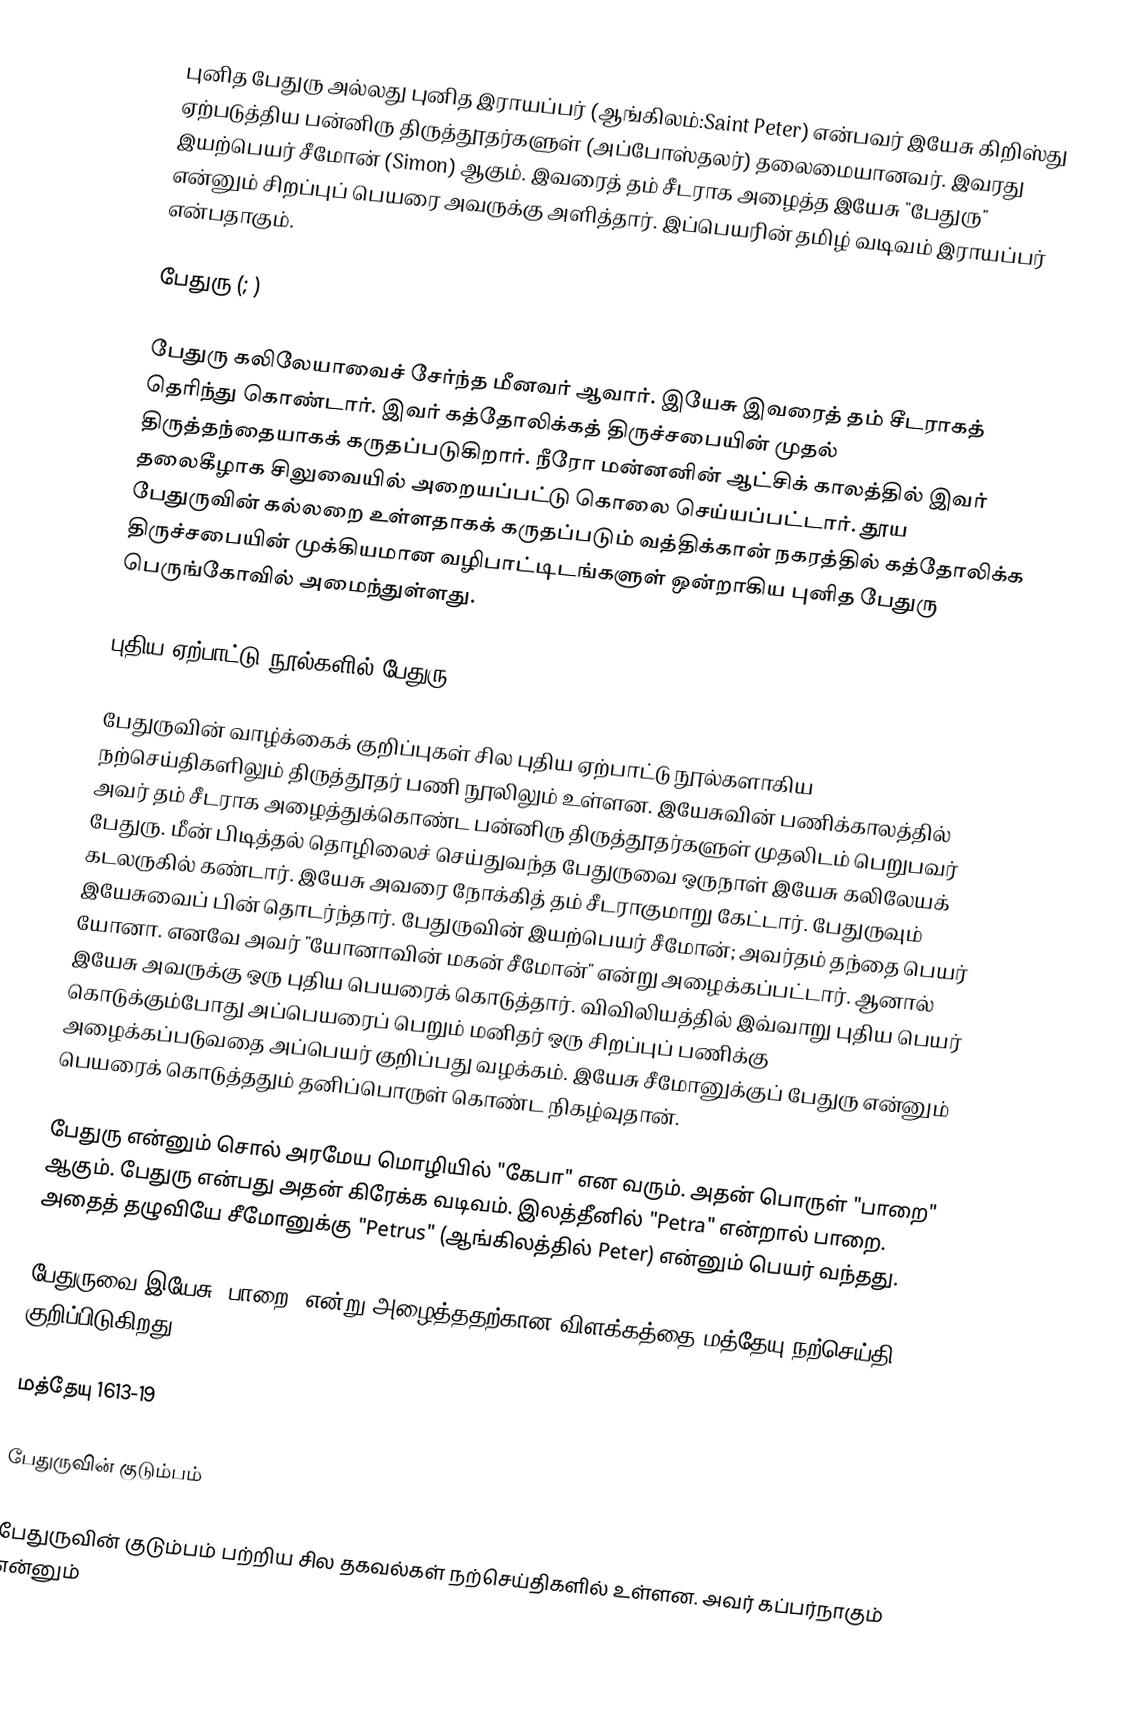
புனித பேதுரு அல்லது புனித இராயப்பர் (ஆங்கிலம்:Saint Peter) என்பவர் இயேசு கிறிஸ்து ஏற்படுத்திய பன்னிரு திருத்தூதர்களுள் (அப்போஸ்தலர்) தலைமையானவர். இவரது இயற்பெயர் சீமோன் (Simon) ஆகும். இவரைத் தம் சீடராக அழைத்த இயேசு "பேதுரு" என்னும் சிறப்புப் பெயரை அவருக்கு அளித்தார். இப்பெயரின் தமிழ் வடிவம் இராயப்பர் என்பதாகும்.

பேதுரு (; )

பேதுரு கலிலேயாவைச் சேர்ந்த மீனவர் ஆவார். இயேசு இவரைத் தம் சீடராகத் தெரிந்து கொண்டார். இவர் கத்தோலிக்கத் திருச்சபையின் முதல் திருத்தந்தையாகக் கருதப்படுகிறார். நீரோ மன்னனின் ஆட்சிக் காலத்தில் இவர் தலைகீழாக சிலுவையில் அறையப்பட்டு கொலை செய்யப்பட்டார். தூய பேதுருவின் கல்லறை உள்ளதாகக் கருதப்படும் வத்திக்கான் நகரத்தில் கத்தோலிக்க திருச்சபையின் முக்கியமான வழிபாட்டிடங்களுள் ஒன்றாகிய புனித பேதுரு பெருங்கோவில் அமைந்துள்ளது.

புதிய ஏற்பாட்டு நூல்களில் பேதுரு

பேதுருவின் வாழ்க்கைக் குறிப்புகள் சில புதிய ஏற்பாட்டு நூல்களாகிய நற்செய்திகளிலும் திருத்தூதர் பணி நூலிலும் உள்ளன. இயேசுவின் பணிக்காலத்தில் அவர் தம் சீடராக அழைத்துக்கொண்ட பன்னிரு திருத்தூதர்களுள் முதலிடம் பெறுபவர் பேதுரு. மீன் பிடித்தல் தொழிலைச் செய்துவந்த பேதுருவை ஒருநாள் இயேசு கலிலேயக் கடலருகில் கண்டார். இயேசு அவரை நோக்கித் தம் சீடராகுமாறு கேட்டார். பேதுருவும் இயேசுவைப் பின் தொடர்ந்தார். பேதுருவின் இயற்பெயர் சீமோன்; அவர்தம் தந்தை பெயர் யோனா. எனவே அவர் "யோனாவின் மகன் சீமோன்" என்று அழைக்கப்பட்டார். ஆனால் இயேசு அவருக்கு ஒரு புதிய பெயரைக் கொடுத்தார். விவிலியத்தில் இவ்வாறு புதிய பெயர் கொடுக்கும்போது அப்பெயரைப் பெறும் மனிதர் ஒரு சிறப்புப் பணிக்கு அழைக்கப்படுவதை அப்பெயர் குறிப்பது வழக்கம். இயேசு சீமோனுக்குப் பேதுரு என்னும் பெயரைக் கொடுத்ததும் தனிப்பொருள் கொண்ட நிகழ்வுதான்.

பேதுரு என்னும் சொல் அரமேய மொழியில் "கேபா" என வரும். அதன் பொருள் "பாறை" ஆகும். பேதுரு என்பது அதன் கிரேக்க வடிவம். இலத்தீனில் "Petra" என்றால் பாறை. அதைத் தழுவியே சீமோனுக்கு "Petrus" (ஆங்கிலத்தில் Peter) என்னும் பெயர் வந்தது.

பேதுருவை இயேசு "பாறை" என்று அழைத்ததற்கான விளக்கத்தை மத்தேயு நற்செய்தி குறிப்பிடுகிறது.

மத்தேயு 1613-19

பேதுருவின் குடும்பம்

பேதுருவின் குடும்பம் பற்றிய சில தகவல்கள் நற்செய்திகளில் உள்ளன. அவர் கப்பர்நாகும் என்னும்